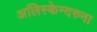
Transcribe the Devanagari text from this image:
अलिस्केन्दरुना